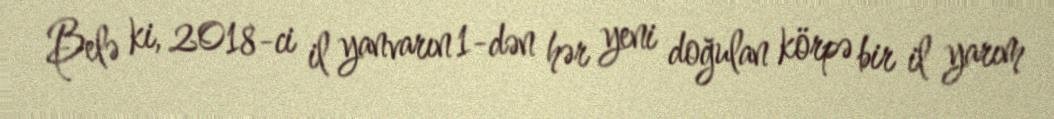
Belə ki, 2018-ci il yanvarın 1-dən hər yeni doğulan körpə bir il yarım